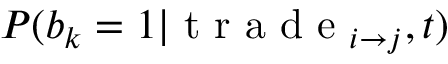
P ( b _ { k } = 1 | \mathrm { ~ t ~ r ~ a ~ d ~ e ~ } _ { i \to j } , t )